Civil Veterinary Dept. Bombay admin report 1923-31 - 1923-1931
Year: 1923
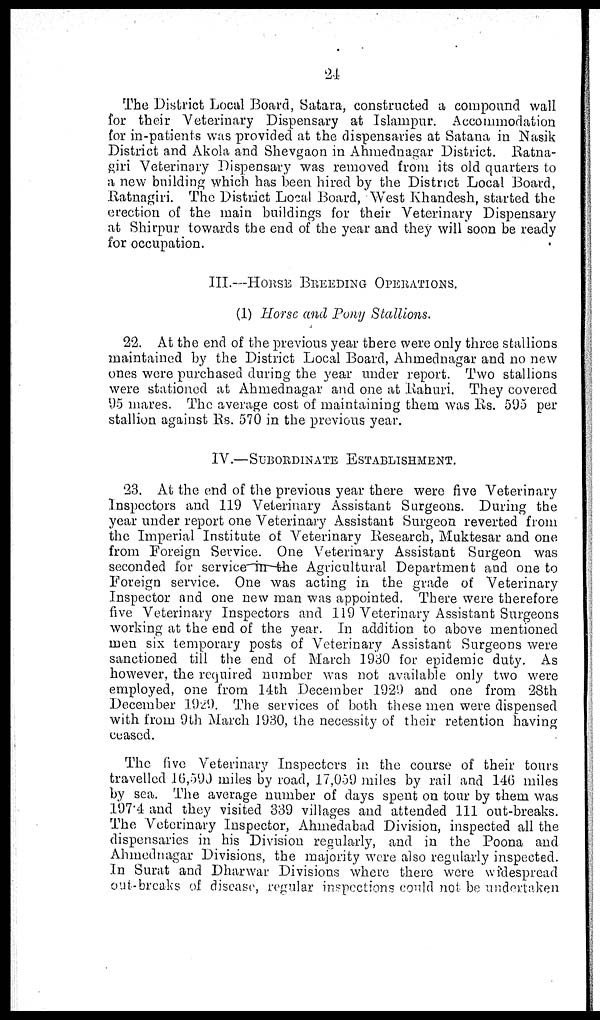
24
The District Local Board, Satara, constructed a compound wall
for their Veterinary Dispensary at Islampur. Accommodation
for in-patients was provided at the dispensaries at Satana in Nasik
District and Akola and Shevgaon in Ahmednagar District. Ratna-
giri Veterinary Dispensary was removed from its old quarters to
a new building which has been hired by the District Local Board,
Ratnagiri. The District Local Board, West Khandesh, started the
erection of the main buildings for their Veterinary Dispensary
at Shirpur towards the end of the year and they will soon be ready
for occupation.
III.—HORSE BREEDING OPERATIONS.
(1) Horse and Pony Stallions.
22. At the end of the previous year there were only three stallions
maintained by the District Local Board, Ahmednagar and no new
ones were purchased during the year under report. Two stallions
were stationed at Ahmednagar and one at Rahuri. They covered
95 mares. The average cost of maintaining them was Rs. 595 per
stallion against Rs. 570 in the previous year.
IV.—SUBORDINATE
ESTABLISHMENT.
23. At the end of the previous year there were five Veterinary
Inspectors and 119 Veterinary Assistant Surgeons. During the
year under report one Veterinary Assistant Surgeon reverted from
the Imperial Institute of Veterinary Research, Muktesar and one
from Foreign Service. One Veterinary Assistant Surgeon was
seconded for service in the Agricultural Department and one to
Foreign service. One was acting in the grade of Veterinary
Inspector and one new man was appointed. There were therefore
five Veterinary Inspectors and 119 Veterinary Assistant Surgeons
working at the end of the year. In addition to above mentioned
men six temporary posts of Veterinary Assistant Surgeons were
sanctioned till the end of March 1930 for epidemic duty. As
however, the required number was not available only two were
employed, one from 14th December 1929 and one from 28th
December 1929. The services of both these men were dispensed
with from 9th March 1930, the necessity of their retention having
ceased.
The five Veterinary Inspectors in the course of their tours
travelled 16,590 miles by road, 17,059 miles by rail and 146 miles
by sea. The average number of days spent on tour by them was
197.4 and they visited 339 villages and attended 111 out-breaks.
The Veterinary Inspector, Ahmedabad Division, inspected all the
dispensaries in his Division regularly, and in the Poona and
Ahmednagar Divisions, the majority were also regularly inspected.
In Surat and Dharwar Divisions where there were widespread
out-breaks of disease, regular inspections could not be undertaken